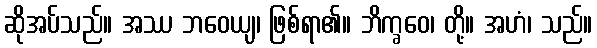
ဆိုအပ်သည်။ အဿ ဘဝေယျ၊ ဖြစ်ရာ၏။ ဘိက္ခဝေ၊ တို့။ အဟံ၊ သည်။